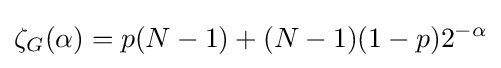
\zeta _{G}(\alpha )=p(N-1)+(N-1)(1-p)2^{-\alpha }